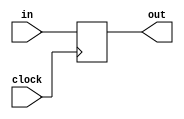
module Debouncer(
output out,
input clock,
input in
    );
reg out;
always @(posedge clock)
begin
    out = in;
end
endmodule